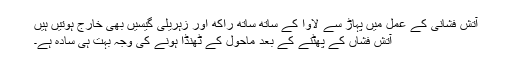
آتش فشانی کے عمل میں پہاڑ سے لاوا کے ساتھ ساتھ راکھ اور زہریلی گیسیں بھی خارج ہوتیں ہیں
آتش فشاں کے پھٹنے کے بعد ماحول کے ٹھنڈا ہونے کی وجہ بہت ہی سادہ ہے۔